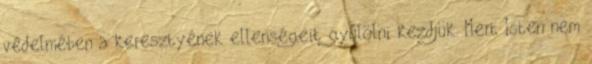
védelmében a keresztyének ellenségeit gyűlölni kezdjük. Mert Isten nem